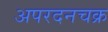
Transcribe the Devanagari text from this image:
अपरदनचक्र